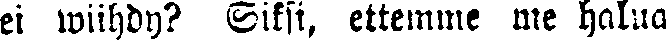
ei wiihdy? Siksi, ettemme me halua